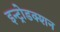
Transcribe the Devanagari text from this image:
इन्ट्रोडक्शन